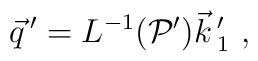
\vec{q}\,'= L^{-1}({\cal P}')\vec{k}\,'_1 \ ,